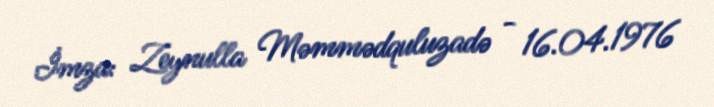
İmza: Zeynulla Məmmədquluzadə - 16.04.1976